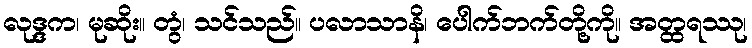
လုဒ္ဒက၊ မုဆိုး။ တွံ၊ သင်သည်။ ပလာသာနိ၊ ပေါက်ဘက်တို့ကို။ အတ္ထရဿု၊